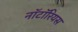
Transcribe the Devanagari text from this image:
नॉटॉरियस